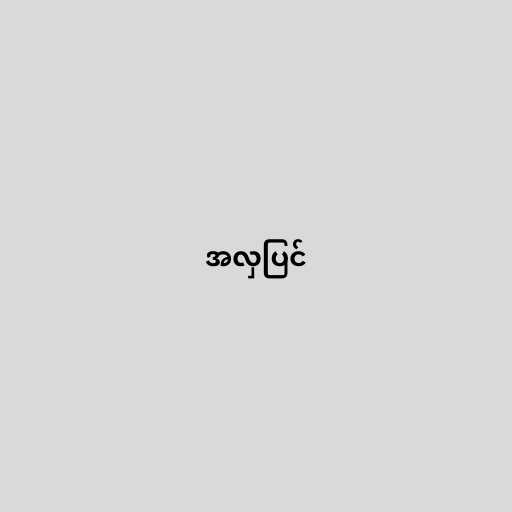
အလှပြင်